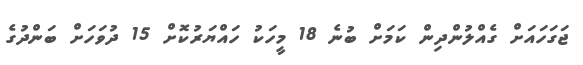
ޖަގަހައަށް ގެއްލުންދިން ކަމަށް ބުނެ 18 މީހަކު ހައްޔަރުކޮށް 15 ދުވަހަށް ބަންދުގެ